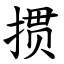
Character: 掼